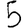
Digit: 5